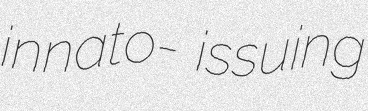
innato- issuing